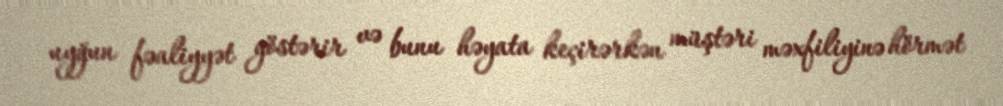
uyğun fəaliyyət göstərir və bunu həyata keçirərkən müştəri məxfiliyinə hörmət